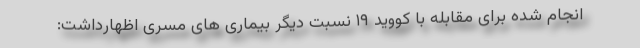
انجام شده برای مقابله با کووید ۱۹ نسبت دیگر بیماری های مسری اظهارداشت: